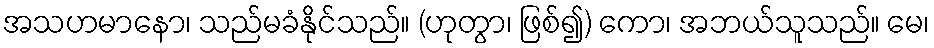
အသဟမာနော၊ သည်မခံနိုင်သည်။ (ဟုတွာ၊ ဖြစ်၍) ကော၊ အဘယ်သူသည်။ မေ၊